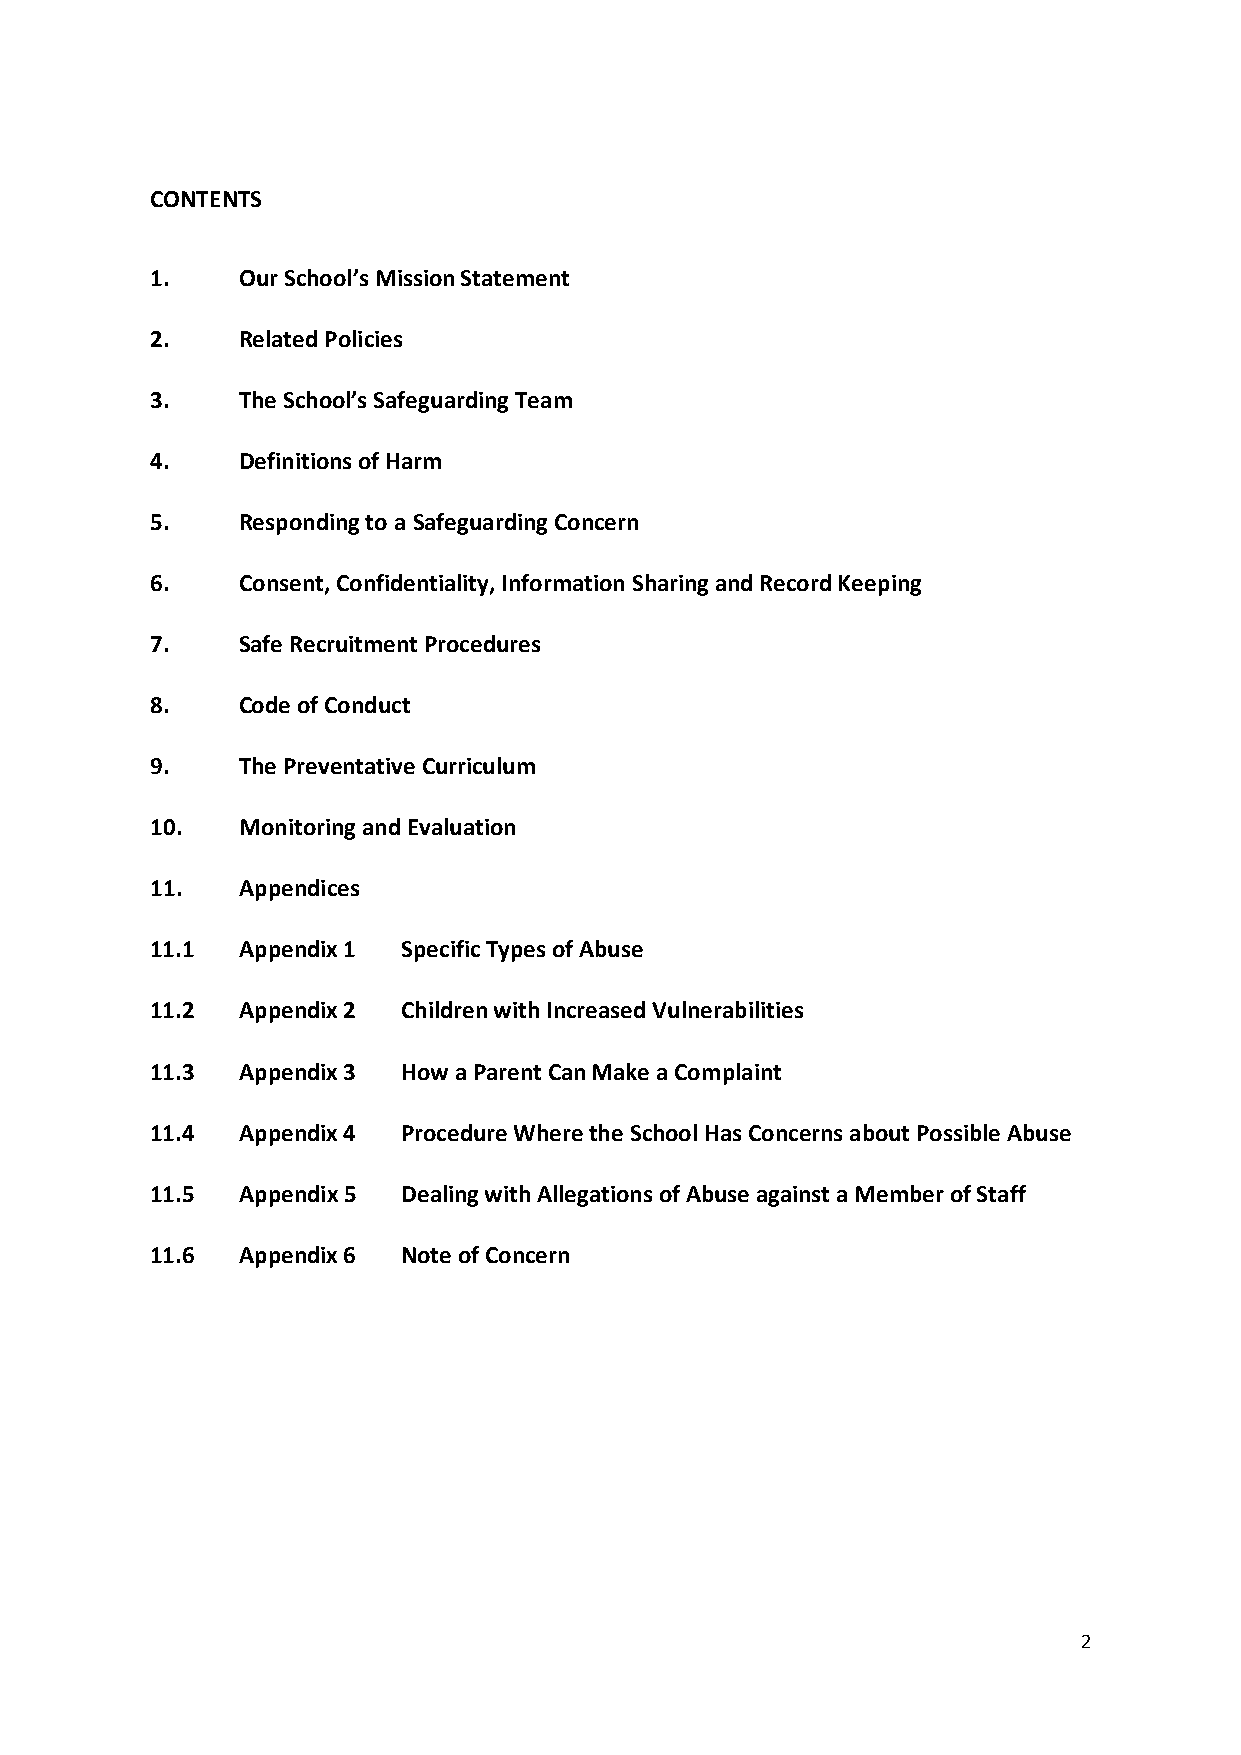
CONTENTS
 1.    Our School’s Mission Statement
 2.    Related Policies
 3.    The School’s Safeguarding Team
 4.    Definitions of Harm
 5.    Responding to a Safeguarding Concern
 6.    Consent, Confidentiality, Information Sharing and Record Keeping
 7.    Safe Recruitment Procedures
 8.    Code of Conduct
 9.    The Preventative Curriculum
 10.   Monitoring and Evaluation
 11.   Appendices
 11.1  Appendix 1 Specific Types of Abuse
 11.2  Appendix 2 Children with Increased Vulnerabilities
 11.3  Appendix 3 How a Parent Can Make a Complaint
 11.4  Appendix 4 Procedure Where the School Has Concerns about Possible Abuse
 11.5  Appendix 5 Dealing with Allegations of Abuse against a Member of Staff
 11.6  Appendix 6 Note of Concern
 2